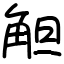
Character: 觛